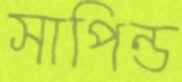
সাপিন্ড